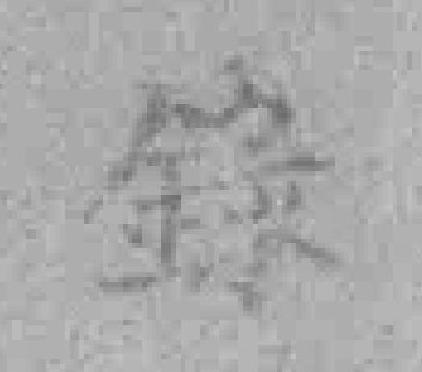
錄